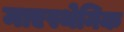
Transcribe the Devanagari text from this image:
माएस्थेनिक